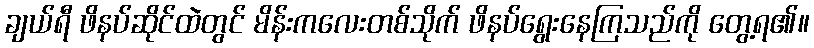
ချယ်ရီ ဖိနပ်ဆိုင်ထဲတွင် မိန်းကလေးတစ်သိုက် ဖိနပ်ရွေးနေကြသည်ကို တွေ့ရ၏။